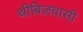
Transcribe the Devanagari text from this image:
थीबिज़वासी